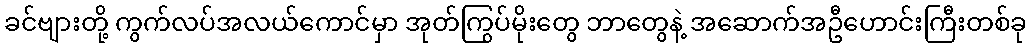
ခင်ဗျားတို့ ကွက်လပ်အလယ်ကောင်မှာ အုတ်ကြွပ်မိုးတွေ ဘာတွေနဲ့ အဆောက်အဦဟောင်းကြီးတစ်ခု